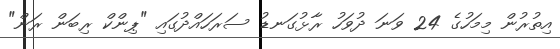
އިތުރުން މިމަހުގެ 24 ވަނަ ދުވަހު ރާޅުގަނޑު ސަރަހައްދުގައި "ޕިންކް ރިބަން ރަން"